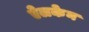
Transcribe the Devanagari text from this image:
ऐलकेन